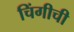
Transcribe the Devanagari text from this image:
चिंगीची